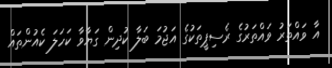
އާ ވައްތަރު ވައްތަރުގެ ރެސިޕީތަކުގެ އަޖުމަ ބަލާ ކުދިން ގަޔާވާ ކަހަލަ ކެއުންތައް